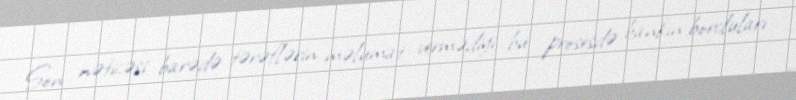
Son nəticəsi barədə tərəflərin məlumat vermədiyi bu prosesdə bankın borcluları